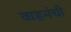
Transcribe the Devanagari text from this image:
वाहनंची